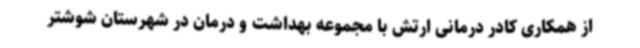
از همکاری کادر درمانی ارتش با مجموعه بهداشت و درمان در شهرستان شوشتر